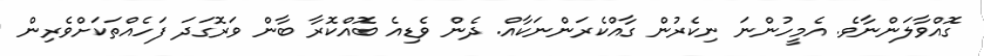
ގޮއްވާލަންނާވެ. އެމީހުންނަ ނިކެރުން ގާއްކެރަންނަކާއް. ދެން ވެޑިއެ ބޮއްކޮރާ ބާން ވަރޮގަދަ ފަހެއްތަކަށްވެރިން